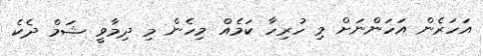
އަހަރެން އަހަންނަށް މި ހުރިހާ ކަމެއް މިހެން މި ދިމާވީ ޝަމް ދެކެ